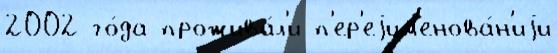
2002 го́да прожива́л'и п'ер'еjим'енова́н'иjи